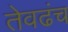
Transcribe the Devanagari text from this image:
तेवढंच